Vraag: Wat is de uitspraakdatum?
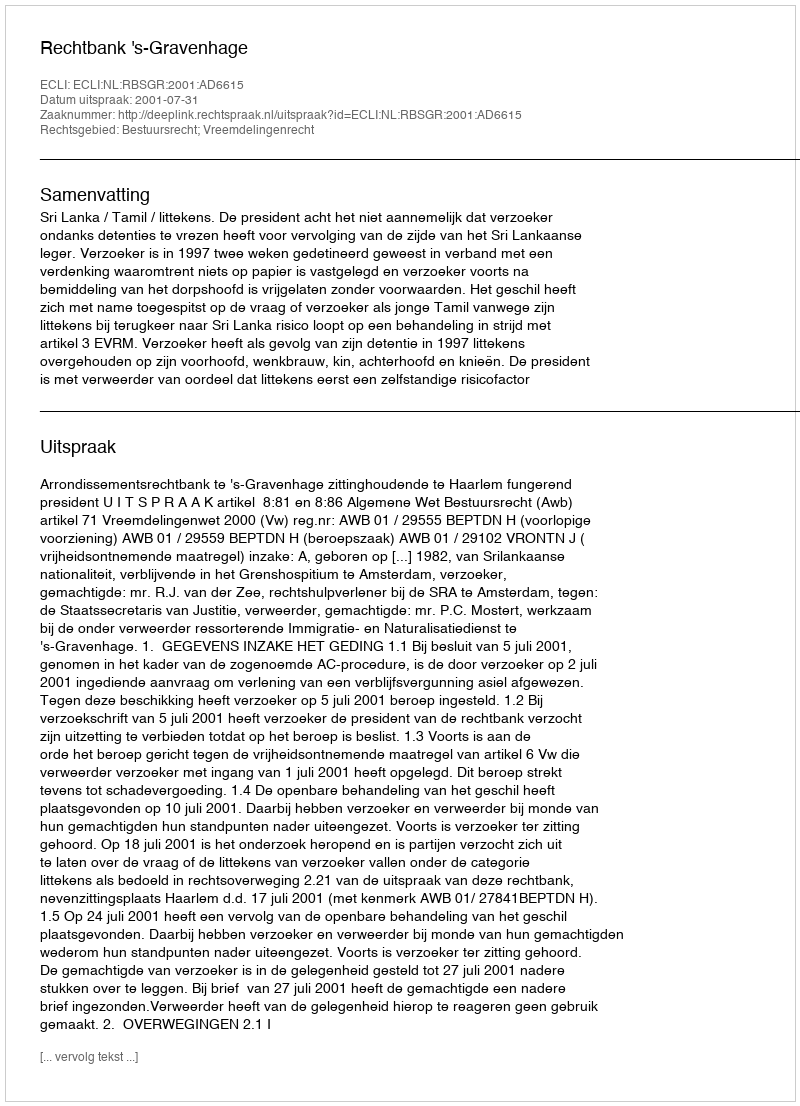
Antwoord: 2001-07-31